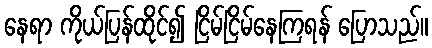
နေရာ ကိုယ်ပြန်ထိုင်၍ ငြိမ်ငြိမ်နေကြရန် ပြောသည်။